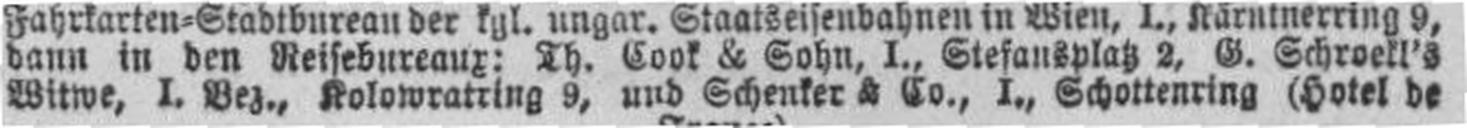
Witwe, I. Bez., Kolowratring 9, und Schenker & Co., I., Schottenring (Hotel de